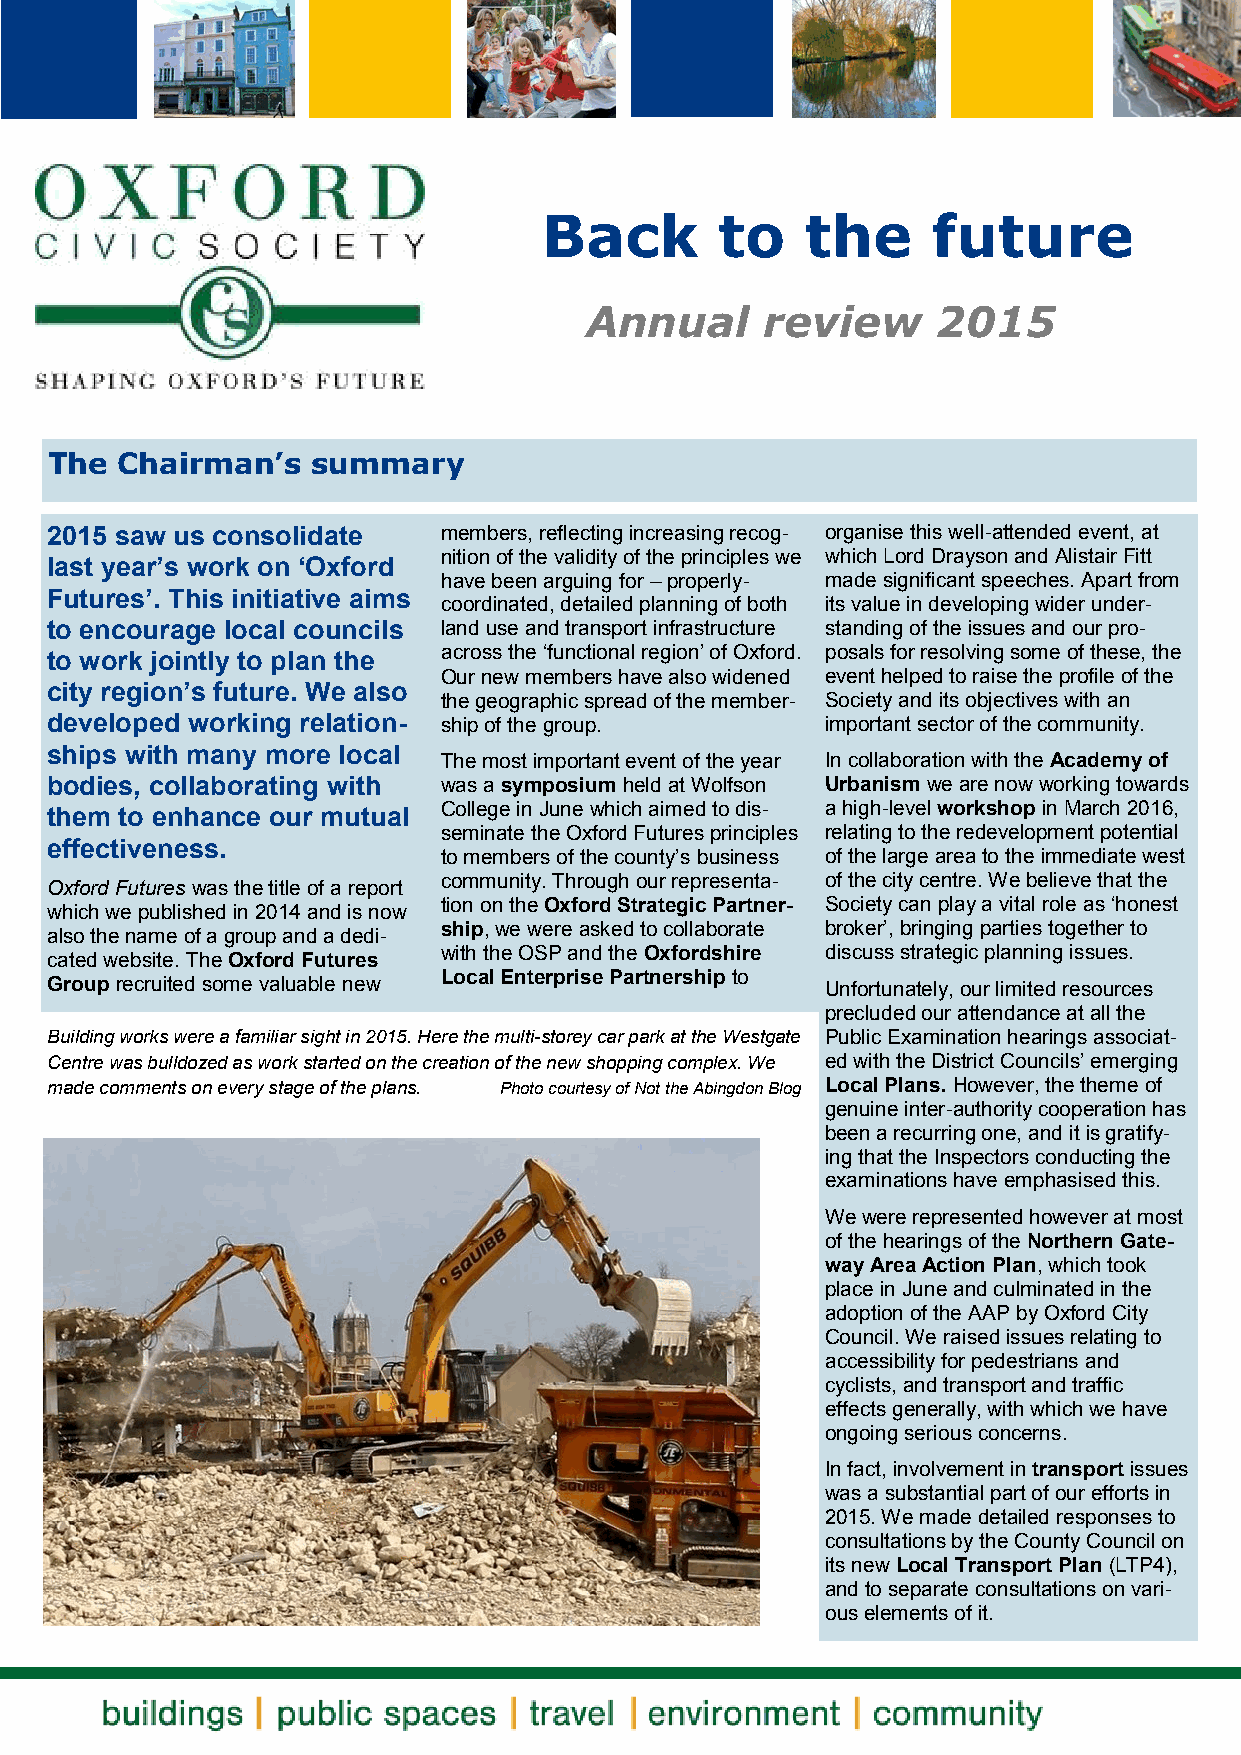
Back        to   the      future
 Annual      review     2015
 The  Chairman’s   summary
 2015 saw us consolidate   members, reflecting increasing recog- organise this well-attended event, at
 nition of the validity of the principles we which Lord Drayson and Alistair Fitt
 last year’s work on ‘Oxford
 have been arguing for – properly- made significant speeches. Apart from
 Futures’. This initiative aims
 coordinated, detailed planning of both its value in developing wider under-
 to encourage local councils land use and transport infrastructure standing of the issues and our pro-
 to work jointly to plan the across the ‘functional region’ of Oxford. posals for resolving some of these, the
 Our new members have also widened event helped to raise the profile of the
 city region’s future. We also
 the geographic spread of the member- Society and its objectives with an
 developed working relation- ship of the group.      important sector of the community.
 ships with many more local
 The most important event of the year In collaboration with the Academy of
 bodies, collaborating with was a symposium held at Wolfson Urbanism we are now working towards
 them to enhance our mutual College in June which aimed to dis- a high-level workshop in March 2016,
 seminate the Oxford Futures principles relating to the redevelopment potential
 effectiveness.
 to members of the county’s business of the large area to the immediate west
 community. Through our representa- of the city centre. We believe that the
 Oxford Futures was the title of a report
 tion on the Oxford Strategic Partner- Society can play a vital role as ‘honest
 which we published in 2014 and is now
 ship, we were asked to collaborate broker’, bringing parties together to
 also the name of a group and a dedi-
 with the OSP and the Oxfordshire discuss strategic planning issues.
 cated website. The Oxford Futures
 Local Enterprise Partnership to
 Group recruited some valuable new                   Unfortunately, our limited resources
 precluded our attendance at all the
 Building works were a familiar sight in 2015. Here the multi-storey car park at the Westgate Public Examination hearings associat-
 Centre was bulldozed as work started on the creation of the new shopping complex. We ed with the District Councils’ emerging
 made comments on every stage of the plans. Photo courtesy of Not the Abingdon Blog Local Plans. However, the theme of
 genuine inter-authority cooperation has
 been a recurring one, and it is gratify-
 ing that the Inspectors conducting the
 examinations have emphasised this.
 We were represented however at most
 of the hearings of the Northern Gate-
 way Area Action Plan, which took
 place in June and culminated in the
 adoption of the AAP by Oxford City
 Council. We raised issues relating to
 accessibility for pedestrians and
 cyclists, and transport and traffic
 effects generally, with which we have
 ongoing serious concerns.
 In fact, involvement in transport issues
 was a substantial part of our efforts in
 2015. We made detailed responses to
 consultations by the County Council on
 its new Local Transport Plan (LTP4),
 and to separate consultations on vari-
 ous elements of it.